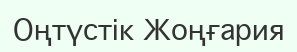
Оңтүстік Жоңғария